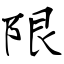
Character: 限